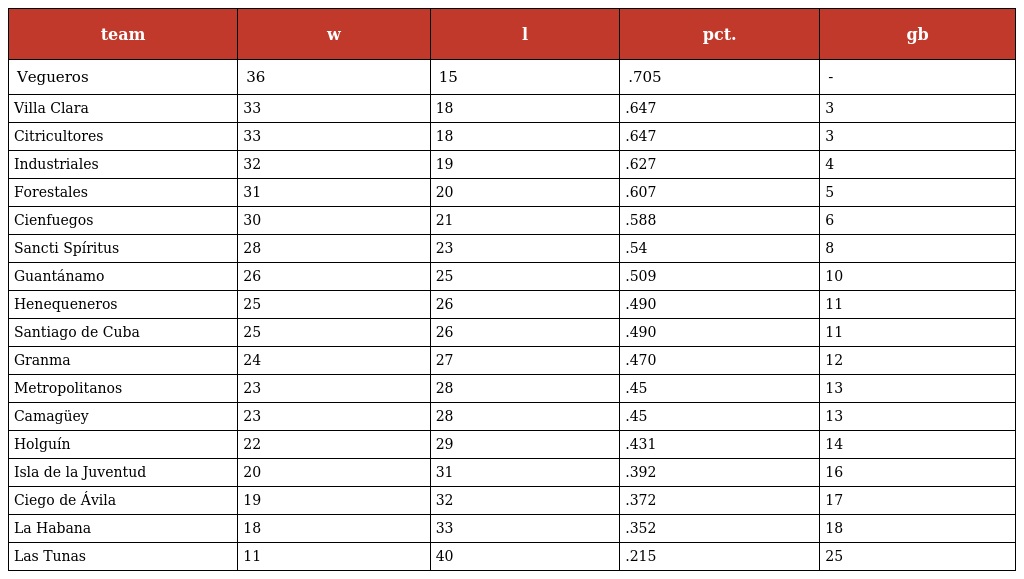
| team | w | l | pct. | gb |
 | --- | --- | --- | --- | --- |
 | Vegueros | 36 | 15 | .705 | - |
 | Villa Clara | 33 | 18 | .647 | 3 |
 | Citricultores | 33 | 18 | .647 | 3 |
 | Industriales | 32 | 19 | .627 | 4 |
 | Forestales | 31 | 20 | .607 | 5 |
 | Cienfuegos | 30 | 21 | .588 | 6 |
 | Sancti Spíritus | 28 | 23 | .54 | 8 |
 | Guantánamo | 26 | 25 | .509 | 10 |
 | Henequeneros | 25 | 26 | .490 | 11 |
 | Santiago de Cuba | 25 | 26 | .490 | 11 |
 | Granma | 24 | 27 | .470 | 12 |
 | Metropolitanos | 23 | 28 | .45 | 13 |
 | Camagüey | 23 | 28 | .45 | 13 |
 | Holguín | 22 | 29 | .431 | 14 |
 | Isla de la Juventud | 20 | 31 | .392 | 16 |
 | Ciego de Ávila | 19 | 32 | .372 | 17 |
 | La Habana | 18 | 33 | .352 | 18 |
 | Las Tunas | 11 | 40 | .215 | 25 |